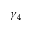
\gamma _ { 4 }